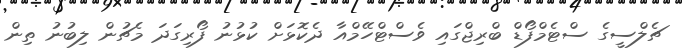
ޗެލްސީގެ ސްޓެމްފޯޑް ބްރިޖްގައި ވެސްޓްހޭމްއާ ދެކޮޅަށް ކުޅުނު ފޯރިގަދަ މެޗުން ލިބުނު ތިން